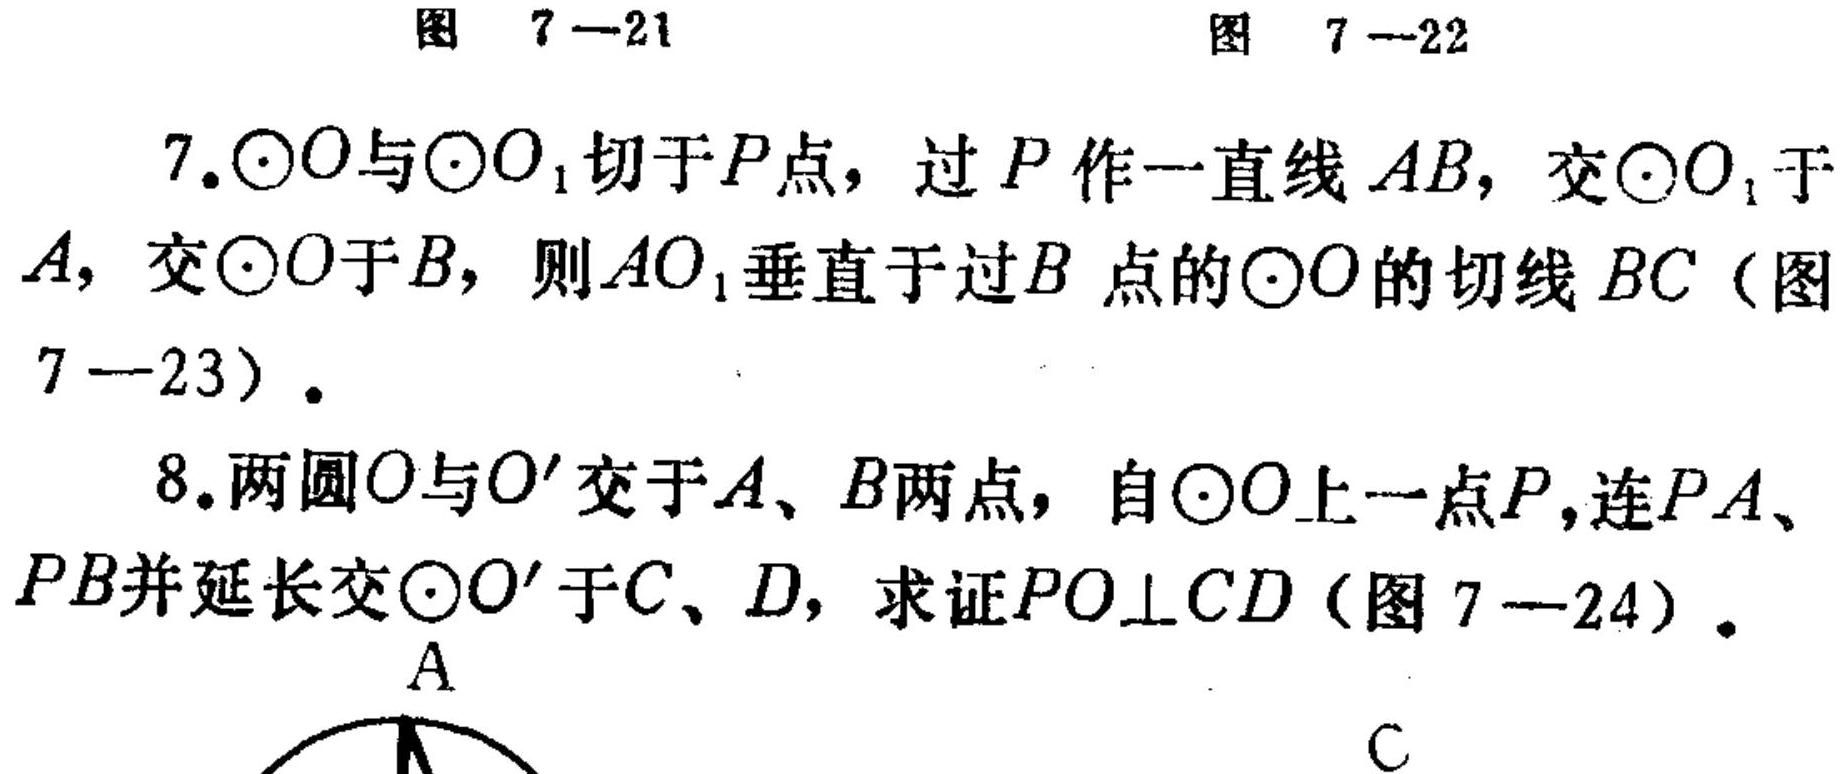
图 7—21  图 7—22
7.$\odot O$与$\odot O_{1}$切于$P$点，过$P$作一直线$AB$，交$\odot O_{1}$于$A$，交$\odot O$于$B$，则$AO_{1}$垂直于过$B$点的$\odot O$的切线$BC$（图7—23）.
8.两圆$O$与$O'$交于$A$、$B$两点，自$\odot O$上一点$P$，连$PA$、$PB$并延长交$\odot O'$于$C$、$D$，求证$PO\perp CD$（图 7—24）.
A  C